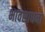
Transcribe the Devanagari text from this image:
भावसाधना